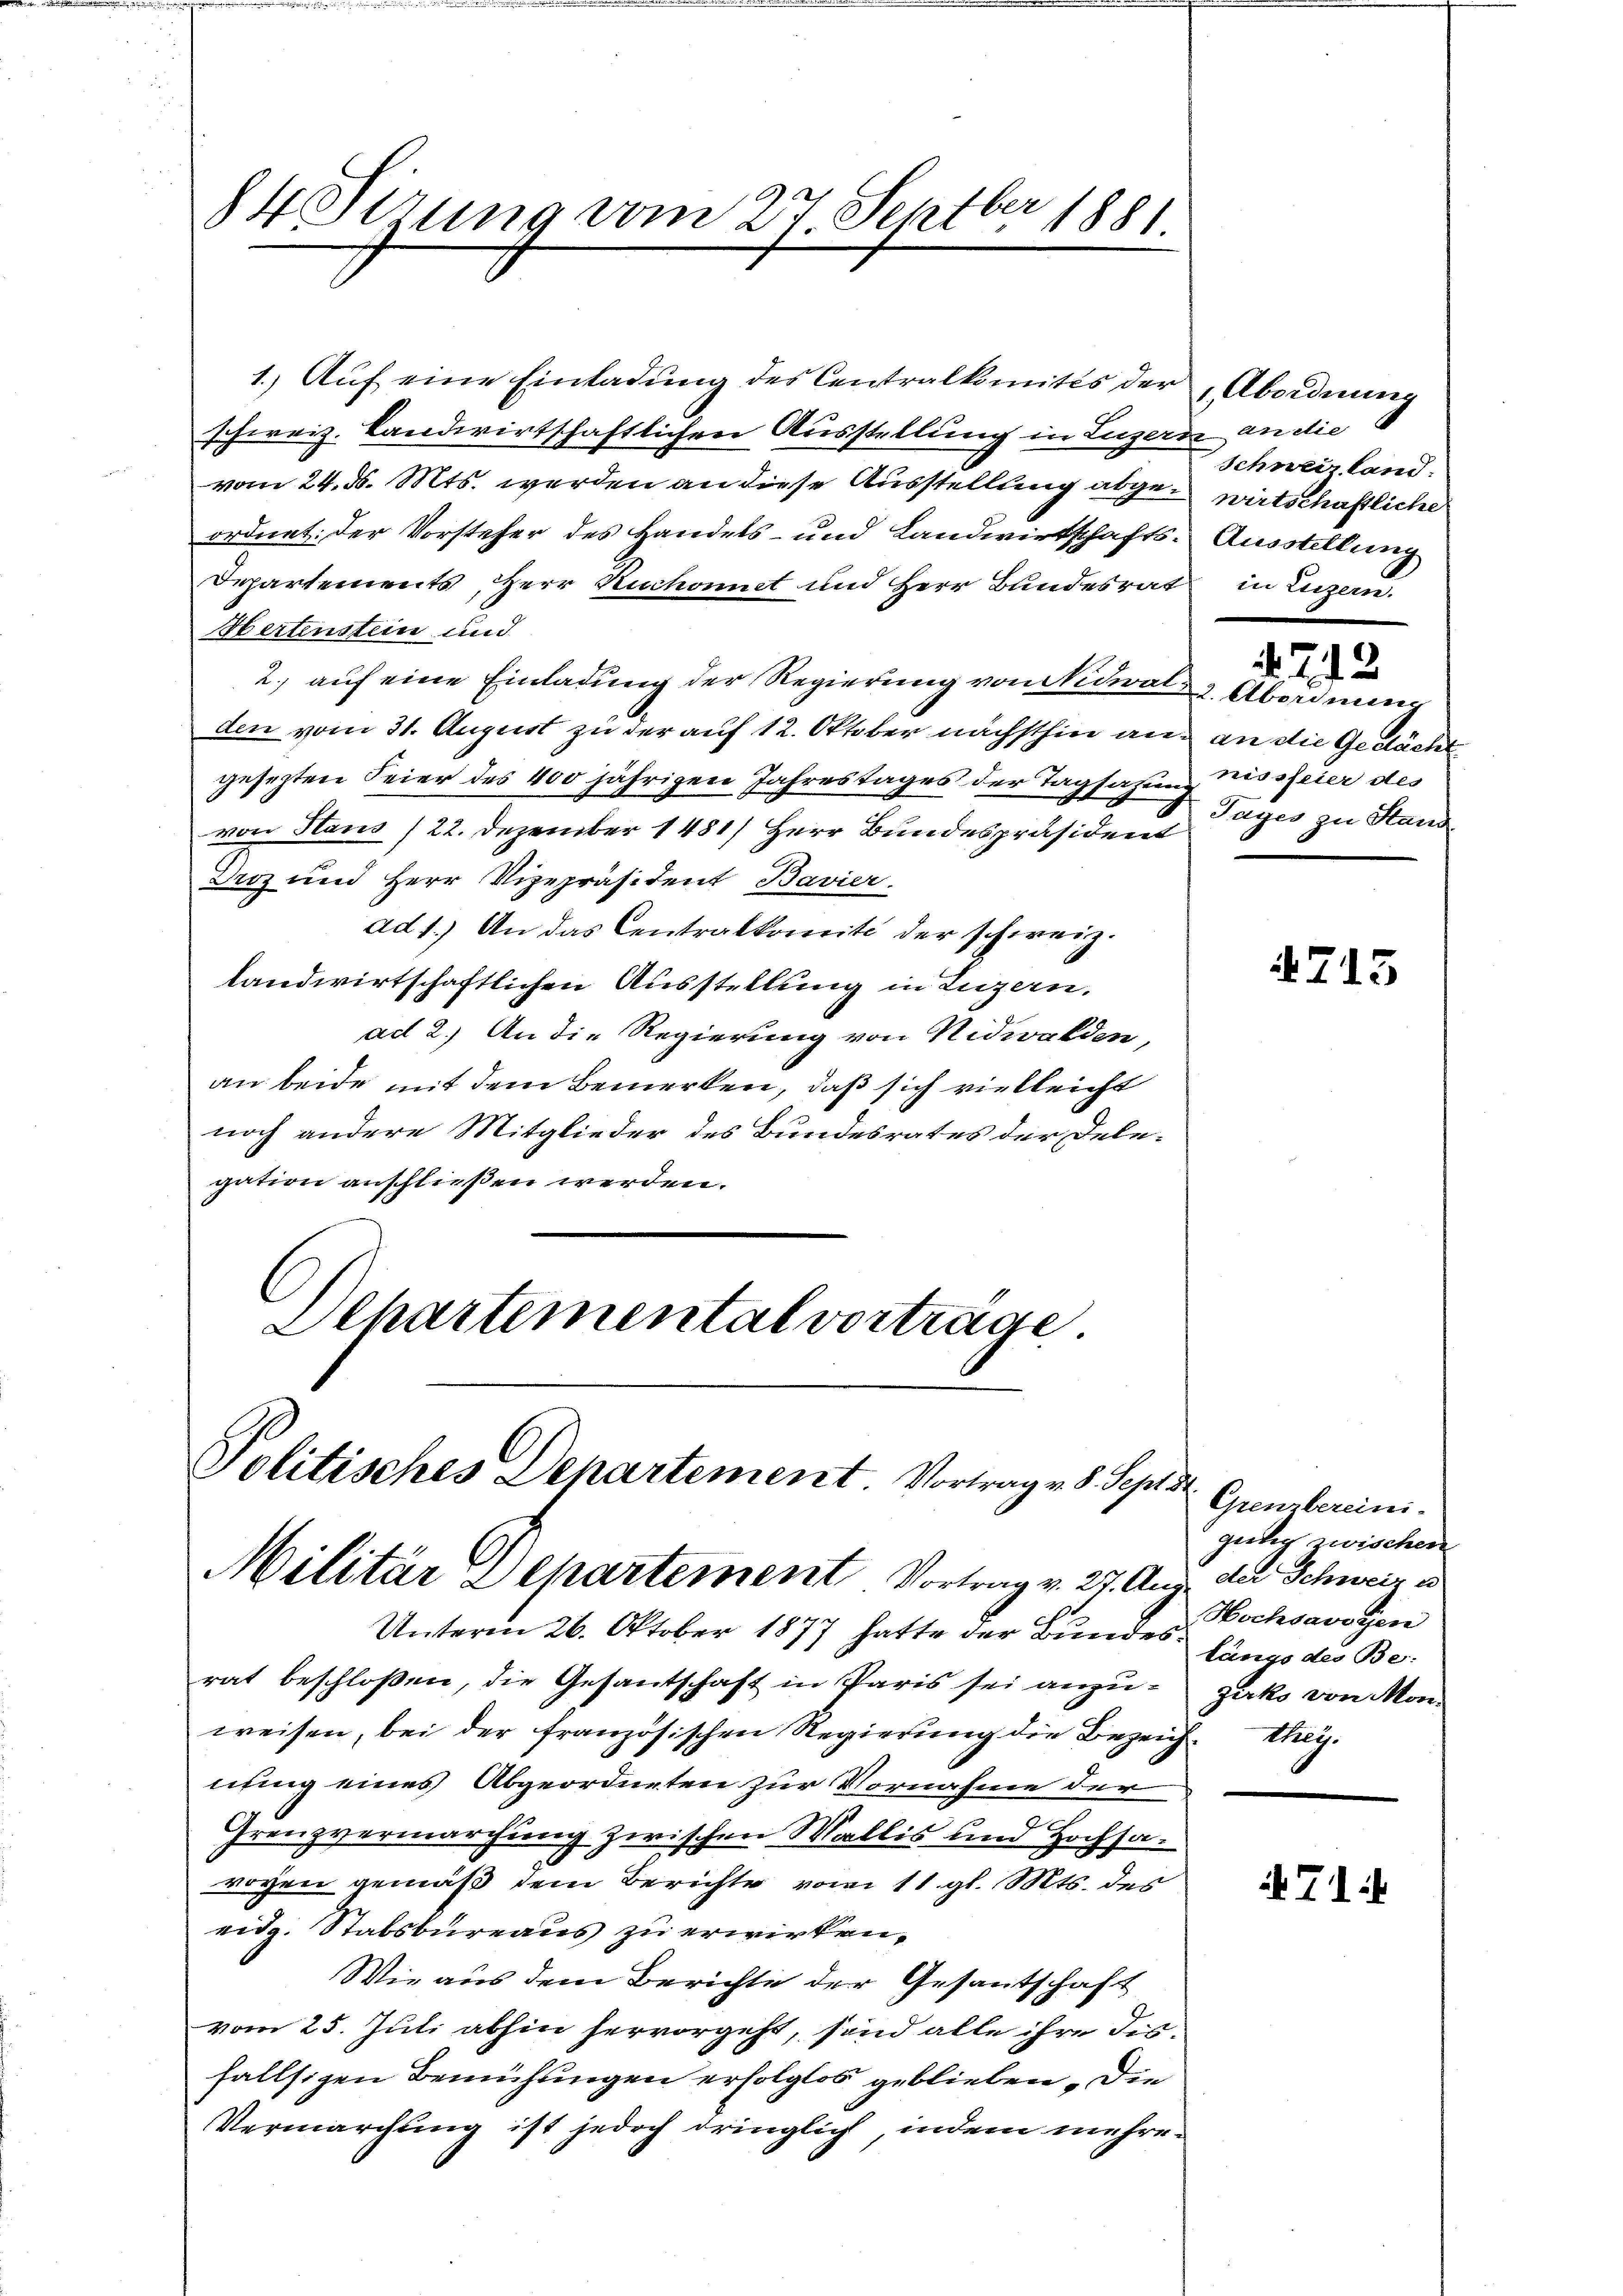
84 Sirung vom 27. Septbr 1881

Jolitisches Departement. Vortrag v. 8. Sept st
Militär Departement Vortrag v. 27. Aug. der Schweiz e

1. Aŭf eine Einladung des Centralkomités der Abordnung
schweiz. Landwirtschaftlichen Ausstellung in Luzern an die
vom 24. d. Mts. werden an diese Ausstellung abgewirtschaftliche
ordnet: der Vorsteher des Handels- und Landwirtschafts-Ausstellung
Departements, Herr Ruchomit und Herr Bundesrat in Luzern.
Hertenstein und
2., auf eine Einladung der Regierung von Nidwald Abordnung
den vom 31. August zu der auf 12. Oktober nächsthin aus an die Gedächt
gesezten Feier des 400 jährigen Jahrestages der Tagsazung missfeier des
von Haus /22. Dezember 1481/ Herr Bundespräsident
Droz und Herr Vizepräsident Bavier.
ad 1.) An das Centralkomite der schweiz.
landwirtschaftlichen Ausstellung in Luzern.
ad 2.) An die Regierung von Nidwalden,
an beide mit dem Bemerken, daß sich vielleicht
noch andere Mitglieder des Bundesrates der Dele-
gation anschließen werden.
Schartemental vorträge

Unterm 26. Oktober 1877 hatte der Bundesrat beschloßen, die Gesandtschaft in Paris sei anzuweisen, bei der französischen Regierung die Bezeich. theynung eines Abgeordneten zur Vornahme der
Grenzvermarchung zwischen Wallis und Hochsa¬
0
wogen gemäß dem Berichte vom 11. gl. Mts. des
eidg. Stabsbureaus zu erwirken¬
Wie aus dem Berichte der Gesantschaft
vom 25. Juli abhin hervorgeht, sind alle ihre disfallsigen Bemühungen erfolglos geblieben. Die
Vermarchung ist jedoch dringlich, indem mehre¬

Schweiz land.

Tages zu Stand

292

715

Grenzbereini-
gütig zwischen
Hochsavoyen
längs des Be-
zecks von Mon.

71